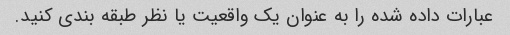
عبارات داده شده را به عنوان یک واقعیت یا نظر طبقه بندی کنید.